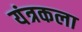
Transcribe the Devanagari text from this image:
यंत्रकला